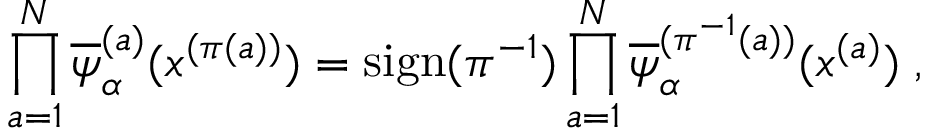
\prod _ { a = 1 } ^ { N } \overline { { { \psi } } } _ { \alpha } ^ { ( a ) } ( x ^ { ( \pi ( a ) ) } ) = \mathrm { s i g n } ( \pi ^ { - 1 } ) \prod _ { a = 1 } ^ { N } \overline { { { \psi } } } _ { \alpha } ^ { ( \pi ^ { - 1 } ( a ) ) } ( x ^ { ( a ) } ) \; ,